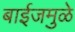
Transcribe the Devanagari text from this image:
बाईजमुळे